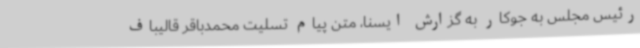
رئیس مجلس به جوکار به گزارش ایسنا، متن پیام تسلیت محمدباقر قالیباف